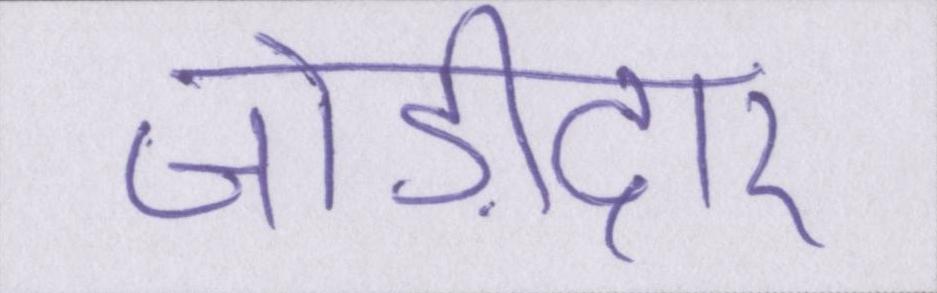
जोड़ीदार